Vabadussoja_Ajaloo_Komitee, lk 6
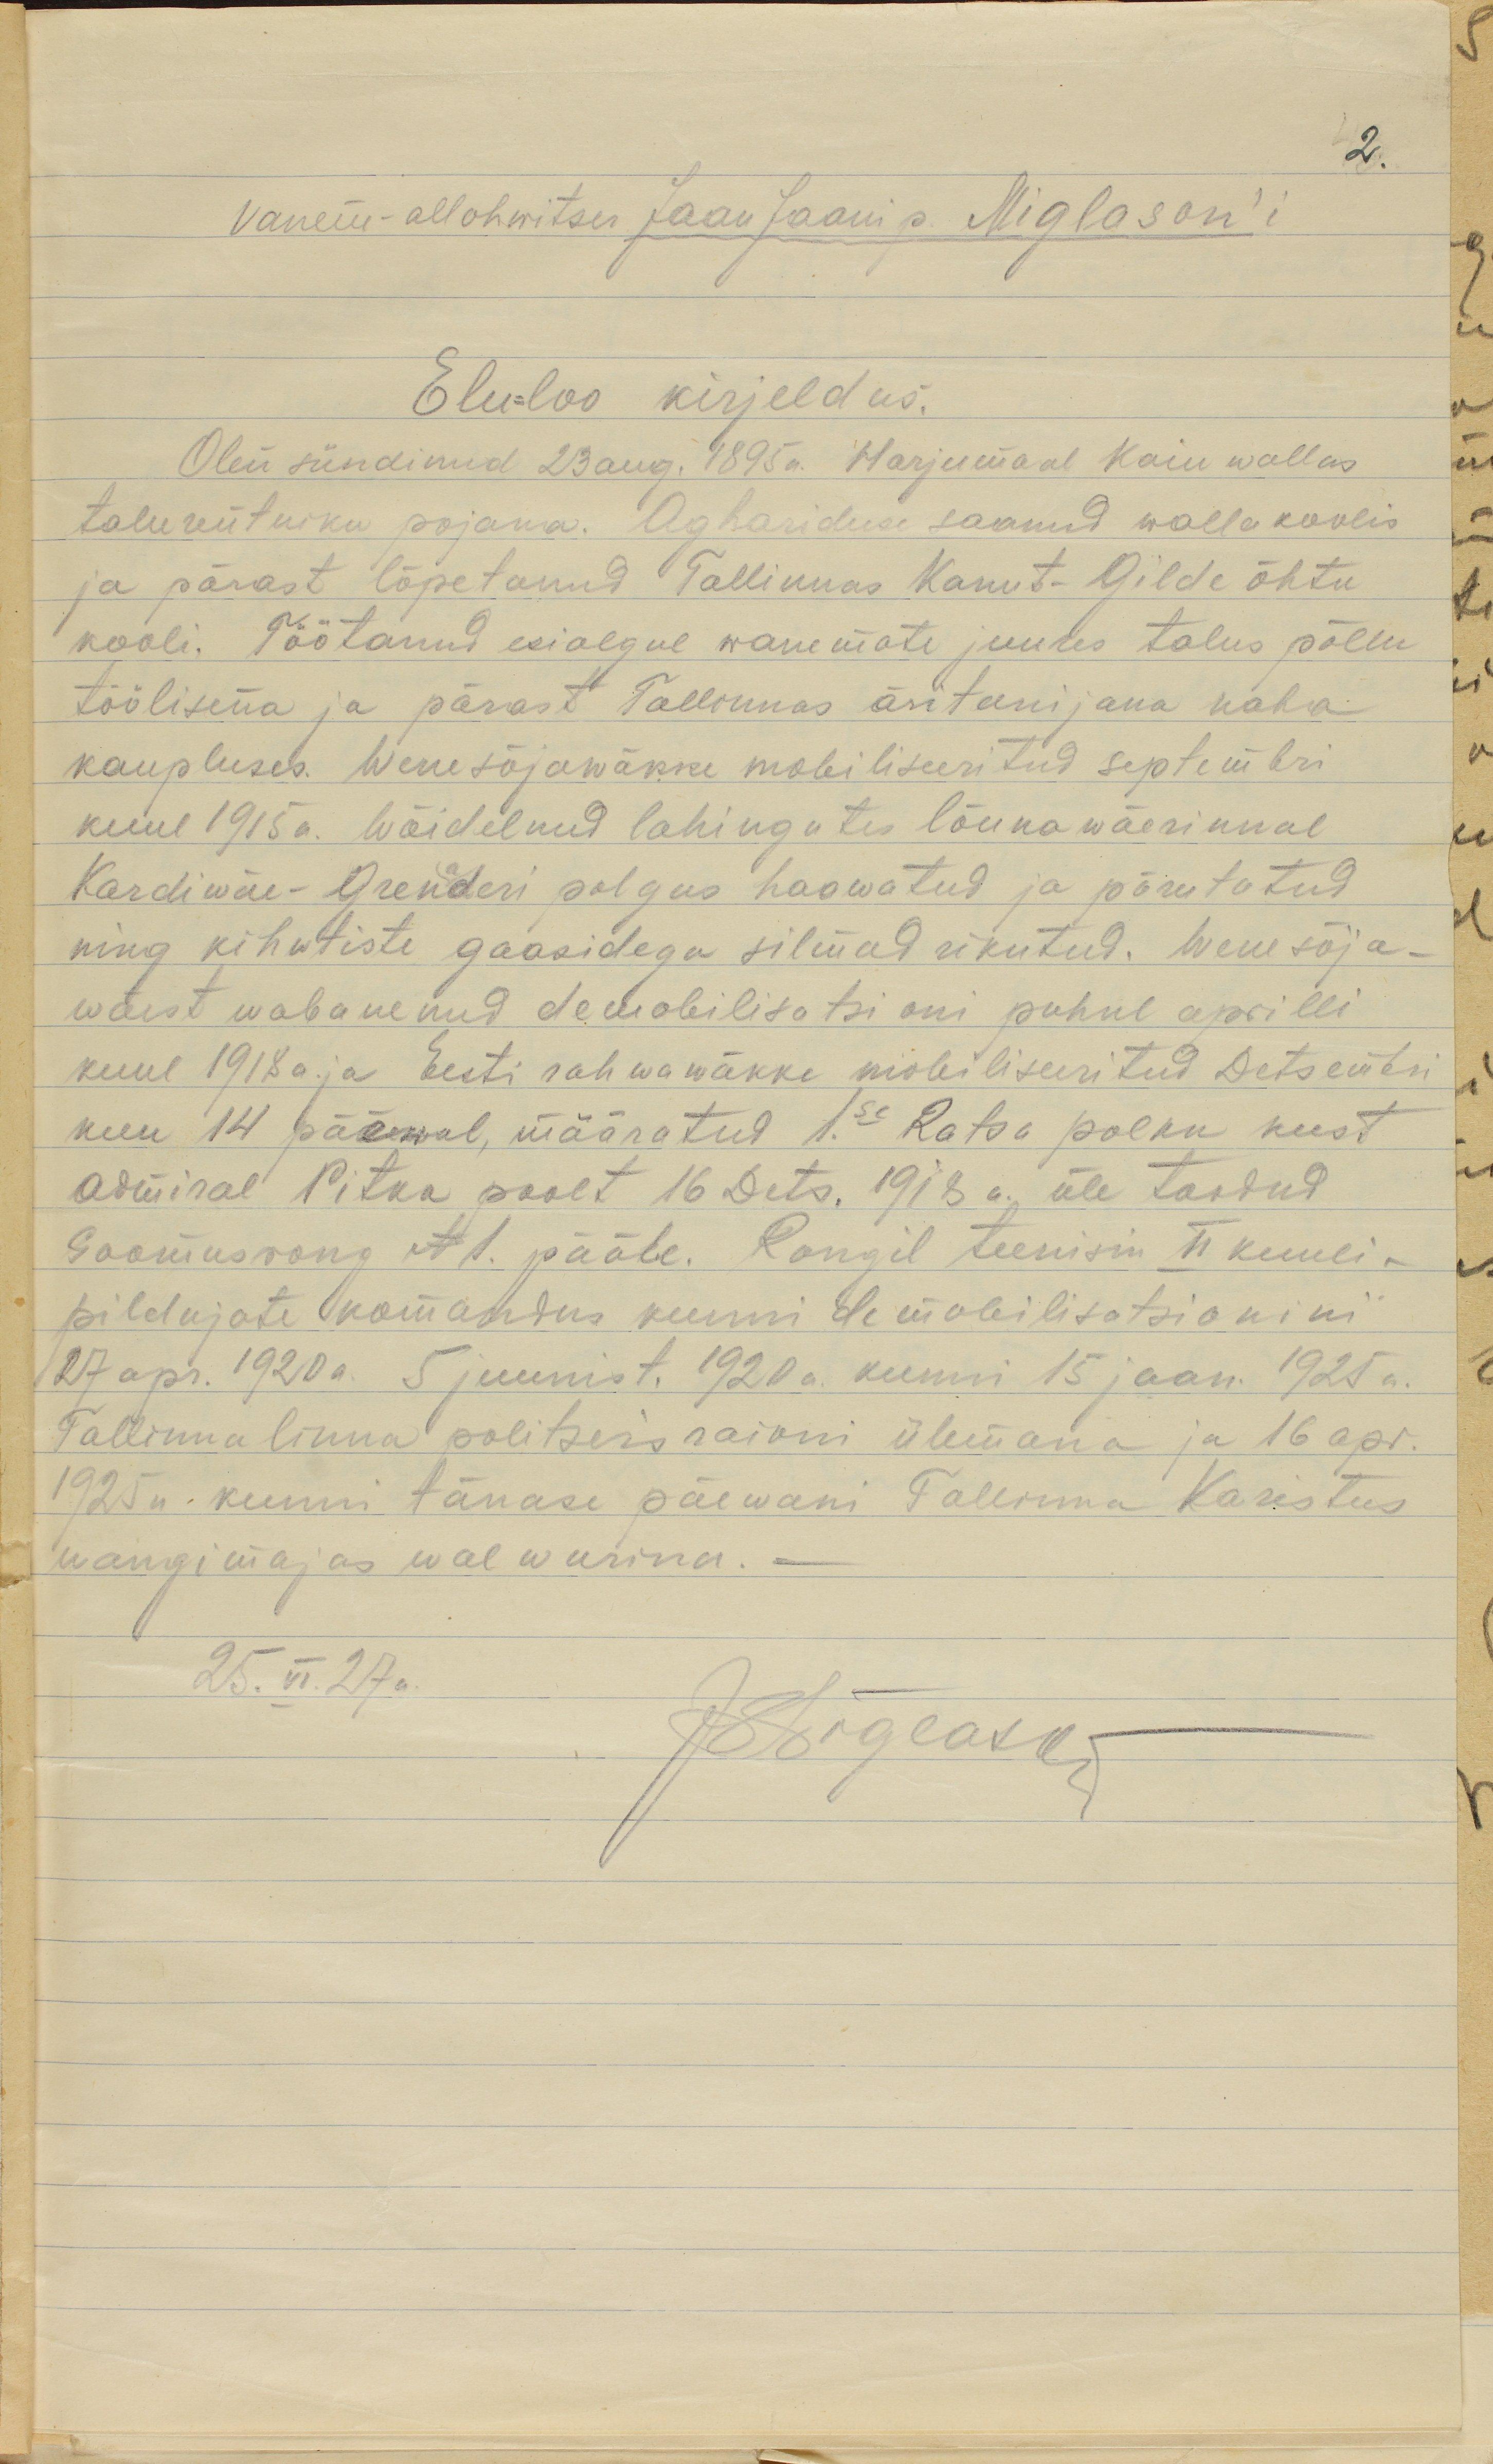
2.
Vanem-allohvitser Jaan Jaani p. Niglason'i
Elu-loo kirjeldus.
Olen sündinud 23 aug. 1895a. Harjumaal Kaiu wallas
talurentniku pojana. Aghariduse saanud wallakoolis
ja pärast lõpetanud Tallinnas Kanut-Gilde õhtu
kooli. Töötanud esialgul wanemate juures talus põllu
töölisena ja pärast Tallinnas äriteenijana naha
kaupluses. Wene sõjawäkke mobiliseeritud septembri
kuul 1915a. Wõidelnud lahingutes lõunawäerinnal
Kardiwäe-Grenaderi polgus haawatud ja põrutatud
ning kihwtiste gaasidega silmad rikutud. Wene sõja-
wäest wabanenud demobilisatsioni puhul aprilli
kuul 1918a. ja Eesti rahwawäkke mobiliseeritud Detsembri
kuu 14 päewal, määratud 1.se Ratsa polku kust
admiral Pitka poolt 16 Dets. 1918a. üle toodud
Soomusrong N1 pääle. Rongil teenisin II kuuli-
pildujate komandus kuni demobilisatsionini
27 apr. 1920a. 5 juunist, 1920a. kuni 15 jaan. 1925a.
Tallinna linna politseis raioni ülemana ja 16 apr.
1925a. kuni tänase päewani Tallinna Karistus
wangimajas walwurina.
25. VI. 27a.
JNiglason